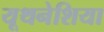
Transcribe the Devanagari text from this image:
यूथनेशिया